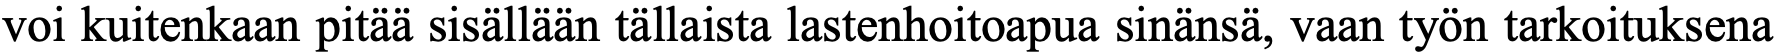
voi kuitenkaan pitää sisällään tällaista lastenhoitoapua sinänsä, vaan työn tarkoituksena